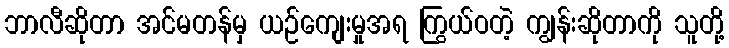
ဘာလီဆိုတာ အင်မတန်မှ ယဉ်ကျေးမှုအရ ကြွယ်ဝတဲ့ ကျွန်းဆိုတာကို သူတို့